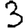
Digit: 3